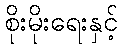
စိုးမိုးရေးနှင့်